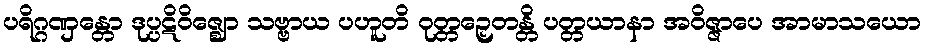
ပရိဂ္ဂဏှန္တော ဒုပ္ပဋိဝိဇ္ဈော သဗ္ဗာယ ပဟူတိ ဝုတ္တဉှေတန္တိ ပတ္တယာနာ အဝိဇ္ဇာပေ အာမာသယော